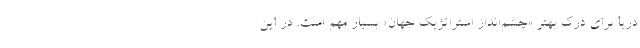
دریا برای درک بهتر «چشم‌انداز استراتژیک جهان» بسیار مهم است. در این